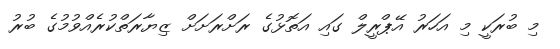
މި ބުރަކީ މި އަހަރު އޭޕްރީލް ގައި އަތޮޅުގެ ރަށްރަށަށް ޒިޔާރަތްކުރެއްވުމުގެ ބުރު